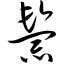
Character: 鬃